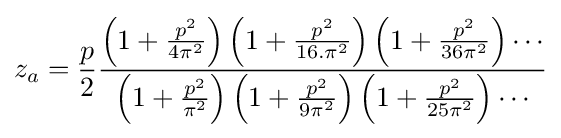
z_{a}={\frac {p}{2}}{\frac {\left(1+{\frac {p^{2}}{4\pi ^{2}}}\right)\left(1+{\frac {p^{2}}{16.\pi ^{2}}}\right)\left(1+{\frac {p^{2}}{36\pi ^{2}}}\right)\cdots }{\left(1+{\frac {p^{2}}{\pi ^{2}}}\right)\left(1+{\frac {p^{2}}{9\pi ^{2}}}\right)\left(1+{\frac {p^{2}}{25\pi ^{2}}}\right)\cdots }}